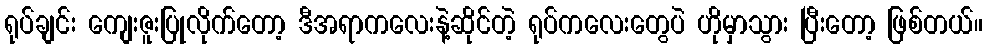
ရုပ်ချင်း ကျေးဇူးပြုလိုက်တော့ ဒီအရာကလေးနဲ့ဆိုင်တဲ့ ရုပ်ကလေးတွေပဲ ဟိုမှာသွား ပြီးတော့ ဖြစ်တယ်။